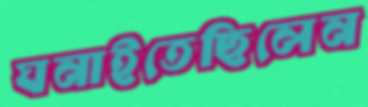
ঘনাইতেছিলেন